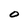
Character: O